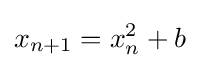
{\displaystyle x_{n+1}=x_{n}^{2}+b}